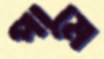
পামে